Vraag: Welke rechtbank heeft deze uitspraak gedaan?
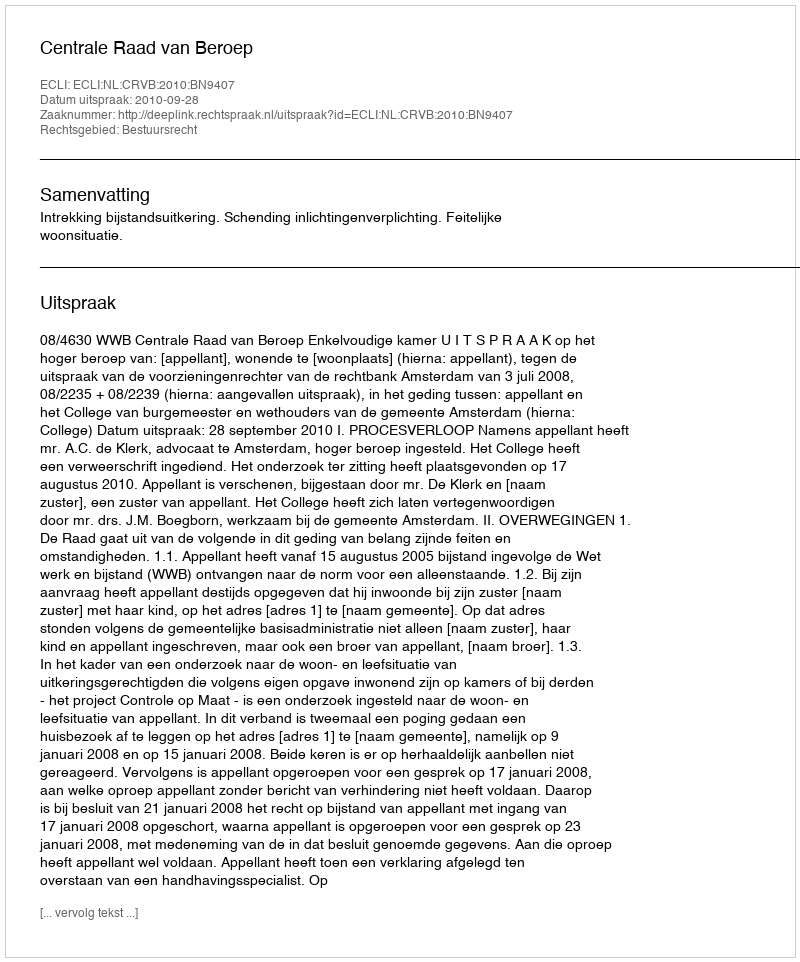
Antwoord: Centrale Raad van Beroep